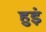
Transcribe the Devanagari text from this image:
हुइं